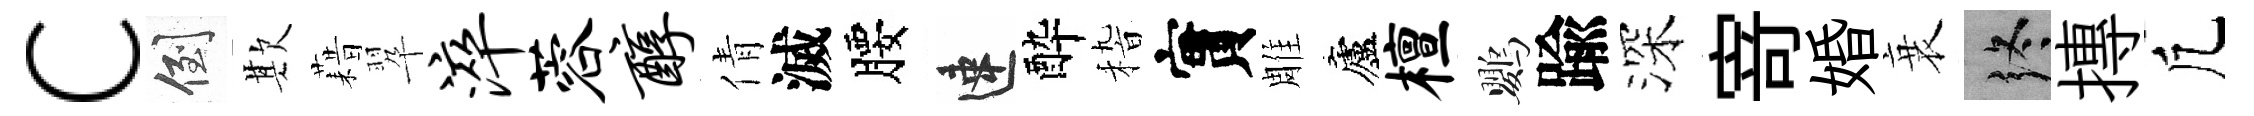
c倒欺藉翆淬蓉醇倩滅腰速酔𥟵實雕廬檀鸚踰深𭔃婚衰终摶凢